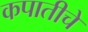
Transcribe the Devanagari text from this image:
कपातीचे